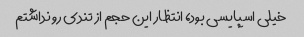
خیلی اسپایسی بود، انتظار این حجم از تندی رو نداشتم